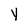
Character: Y